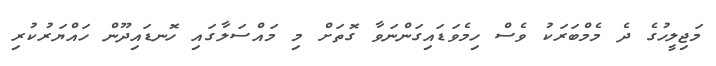
މަޖިލީހުގެ ދެ މެމްބަރަކު ވެސް ހިމެވަޑައިގަންނަވާ ގޮތަށް މި މައްސަލާގައި ހޮނޑައިދޫން ހައްޔަރުކުރި